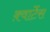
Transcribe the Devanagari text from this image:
क़्वार्टेस